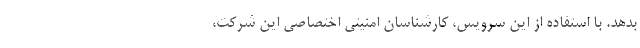
بدهد. با استفاده از این سرویس، کارشناسان امنیتی اختصاصی این شرکت،